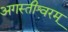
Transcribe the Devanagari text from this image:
अगस्तीश्वरम्